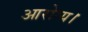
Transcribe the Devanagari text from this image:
आरोग्य।